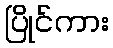
ပြိုင်ကား